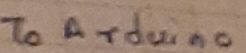
Text: To arduino